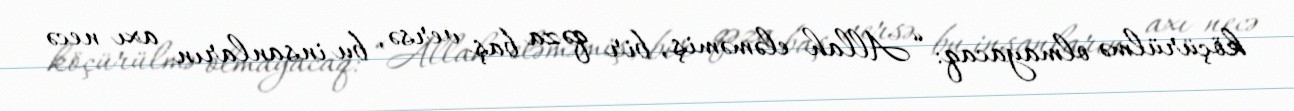
köçürülmə olmayacaq: “Allah eləməmiş, bir qəza baş versə, bu insanların axı necə